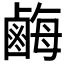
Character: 𪉥